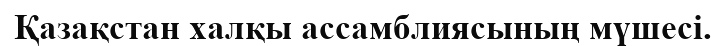
Қазақстан халқы ассамблиясының мүшесі.